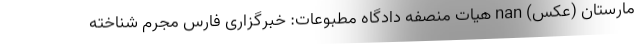
مارستان (عکس) nan هیات منصفه دادگاه مطبوعات: خبرگزاری فارس مجرم شناخته